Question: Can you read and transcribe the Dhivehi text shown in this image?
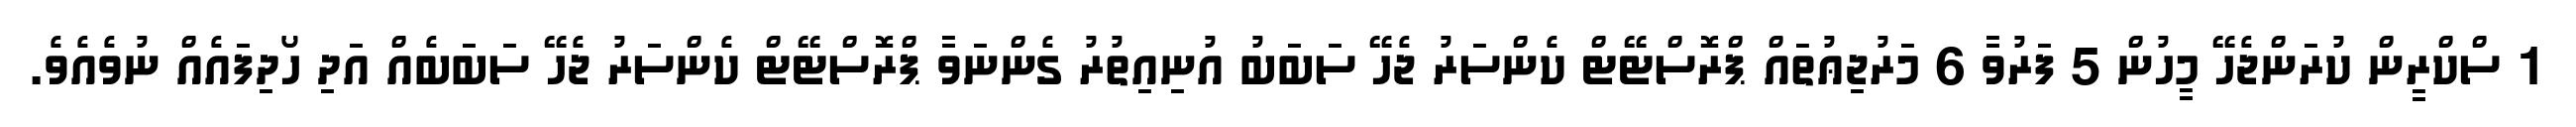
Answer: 1 ސްކްރީން ކުރަންޖެހޭ މީހުން 5 ފަރުވާ 6 މަރުޖިޢުތައް ޕްރޮސްޓޭޓް ކެންސަރު ޖެހޭ ސަބަބު އުނިއިތުރު ގެންނަވާ ޕްރޮސްޓޭޓް ކެންސަރު ޖެހޭ ސަބަބެއް އަދި ހޯދިފައެއް ނުވެއެވެ.